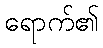
ရောက်၏